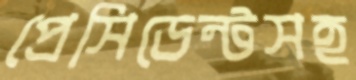
প্রেসিডেন্টসহ